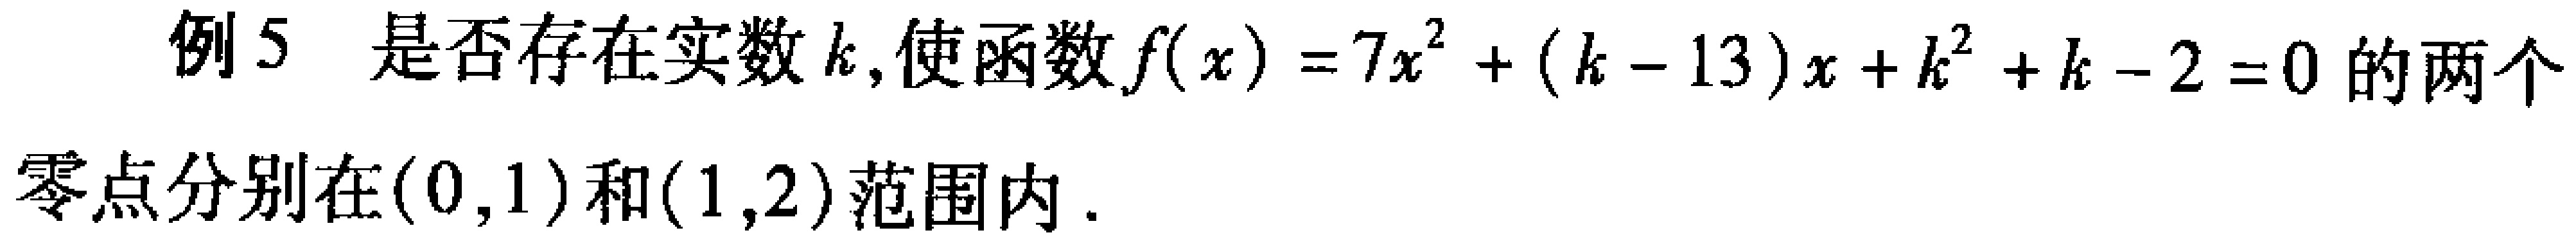
例5 是否存在实数\(k\)，使函数\(f(x)=7x^{2}+(k - 13)x + k^{2}+k - 2 = 0\)的两个

零点分别在\((0,1)\)和\((1,2)\)范围内.